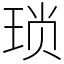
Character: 琐